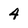
Character: 4